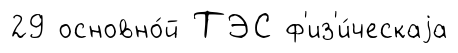
29 основно́й ТЭС ф'из'и́ческаjа